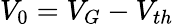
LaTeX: V_{0}=V_{G}-V_{th}